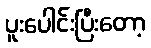
ပူးပေါင်းပြီးတော့